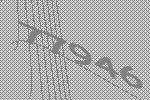
77946